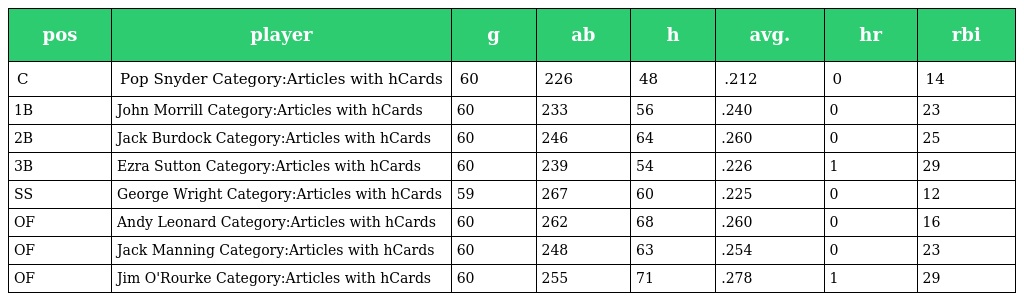
| pos | player | g | ab | h | avg. | hr | rbi |
 | --- | --- | --- | --- | --- | --- | --- | --- |
 | C | Pop Snyder Category:Articles with hCards | 60 | 226 | 48 | .212 | 0 | 14 |
 | 1B | John Morrill Category:Articles with hCards | 60 | 233 | 56 | .240 | 0 | 23 |
 | 2B | Jack Burdock Category:Articles with hCards | 60 | 246 | 64 | .260 | 0 | 25 |
 | 3B | Ezra Sutton Category:Articles with hCards | 60 | 239 | 54 | .226 | 1 | 29 |
 | SS | George Wright Category:Articles with hCards | 59 | 267 | 60 | .225 | 0 | 12 |
 | OF | Andy Leonard Category:Articles with hCards | 60 | 262 | 68 | .260 | 0 | 16 |
 | OF | Jack Manning Category:Articles with hCards | 60 | 248 | 63 | .254 | 0 | 23 |
 | OF | Jim O'Rourke Category:Articles with hCards | 60 | 255 | 71 | .278 | 1 | 29 |